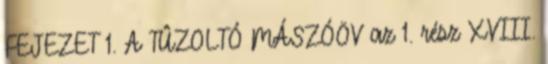
FEJEZET 1. A TÛZOLTÓ MÁSZÓÖV az 1. rész XVIII.